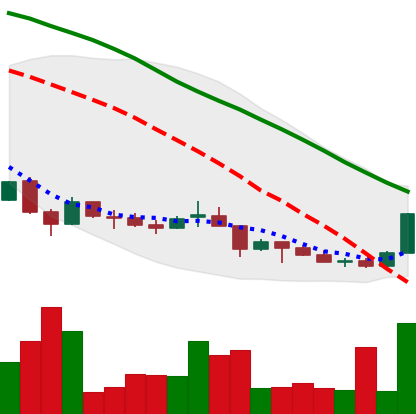
Ticker: LINK-USD
Chart end date: 2018-06-30
Forward return: -3.585%
Label: down_3_5